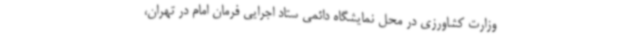
وزارت کشاورزی در محل نمایشگاه دائمی ستاد اجرایی فرمان امام در تهران،